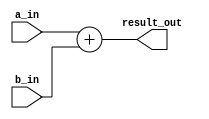
////////////////////////////////////////////////////////////////////
//  Module       : ADDER32
//  Description  : A 32-bit adder
//

module ADDER32
  (
   result_out, 
   a_in, 
   b_in
   );
   
   parameter adder_delay  = 22;
   
   output [31:0] result_out;				
   reg [31:0] 	 result_out;
   
   input [31:0]  a_in;
   input [31:0]  b_in;

   always@*
     begin
	#adder_delay;

	result_out = a_in + b_in;
     end
   
endmodule